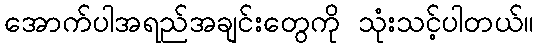
အောက်ပါအရည်အချင်းတွေကို သုံးသင့်ပါတယ်။